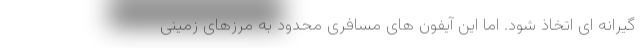
گیرانه ای اتخاذ شود. اما این آیفون های مسافری محدود به مرزهای زمینی